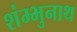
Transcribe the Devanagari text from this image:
शंम्भुनाथ